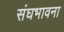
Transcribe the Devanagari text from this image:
संघभावना